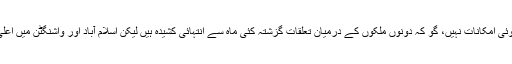
پاکستان اور امریکہ کے درمیان براہ راست جنگ کے بظاہر کوئی امکانات نہیں، گو کہ دونوں ملکوں کے درمیان تعلقات گزشتہ کئی ماہ سے انتہائی کشیدہ ہیں لیکن اسلام آباد اور واشنگٹن میں اعلیٰ حکام اس تناؤ کو دور کرنے کی مسلسل کوشش کر رہے ہیں۔